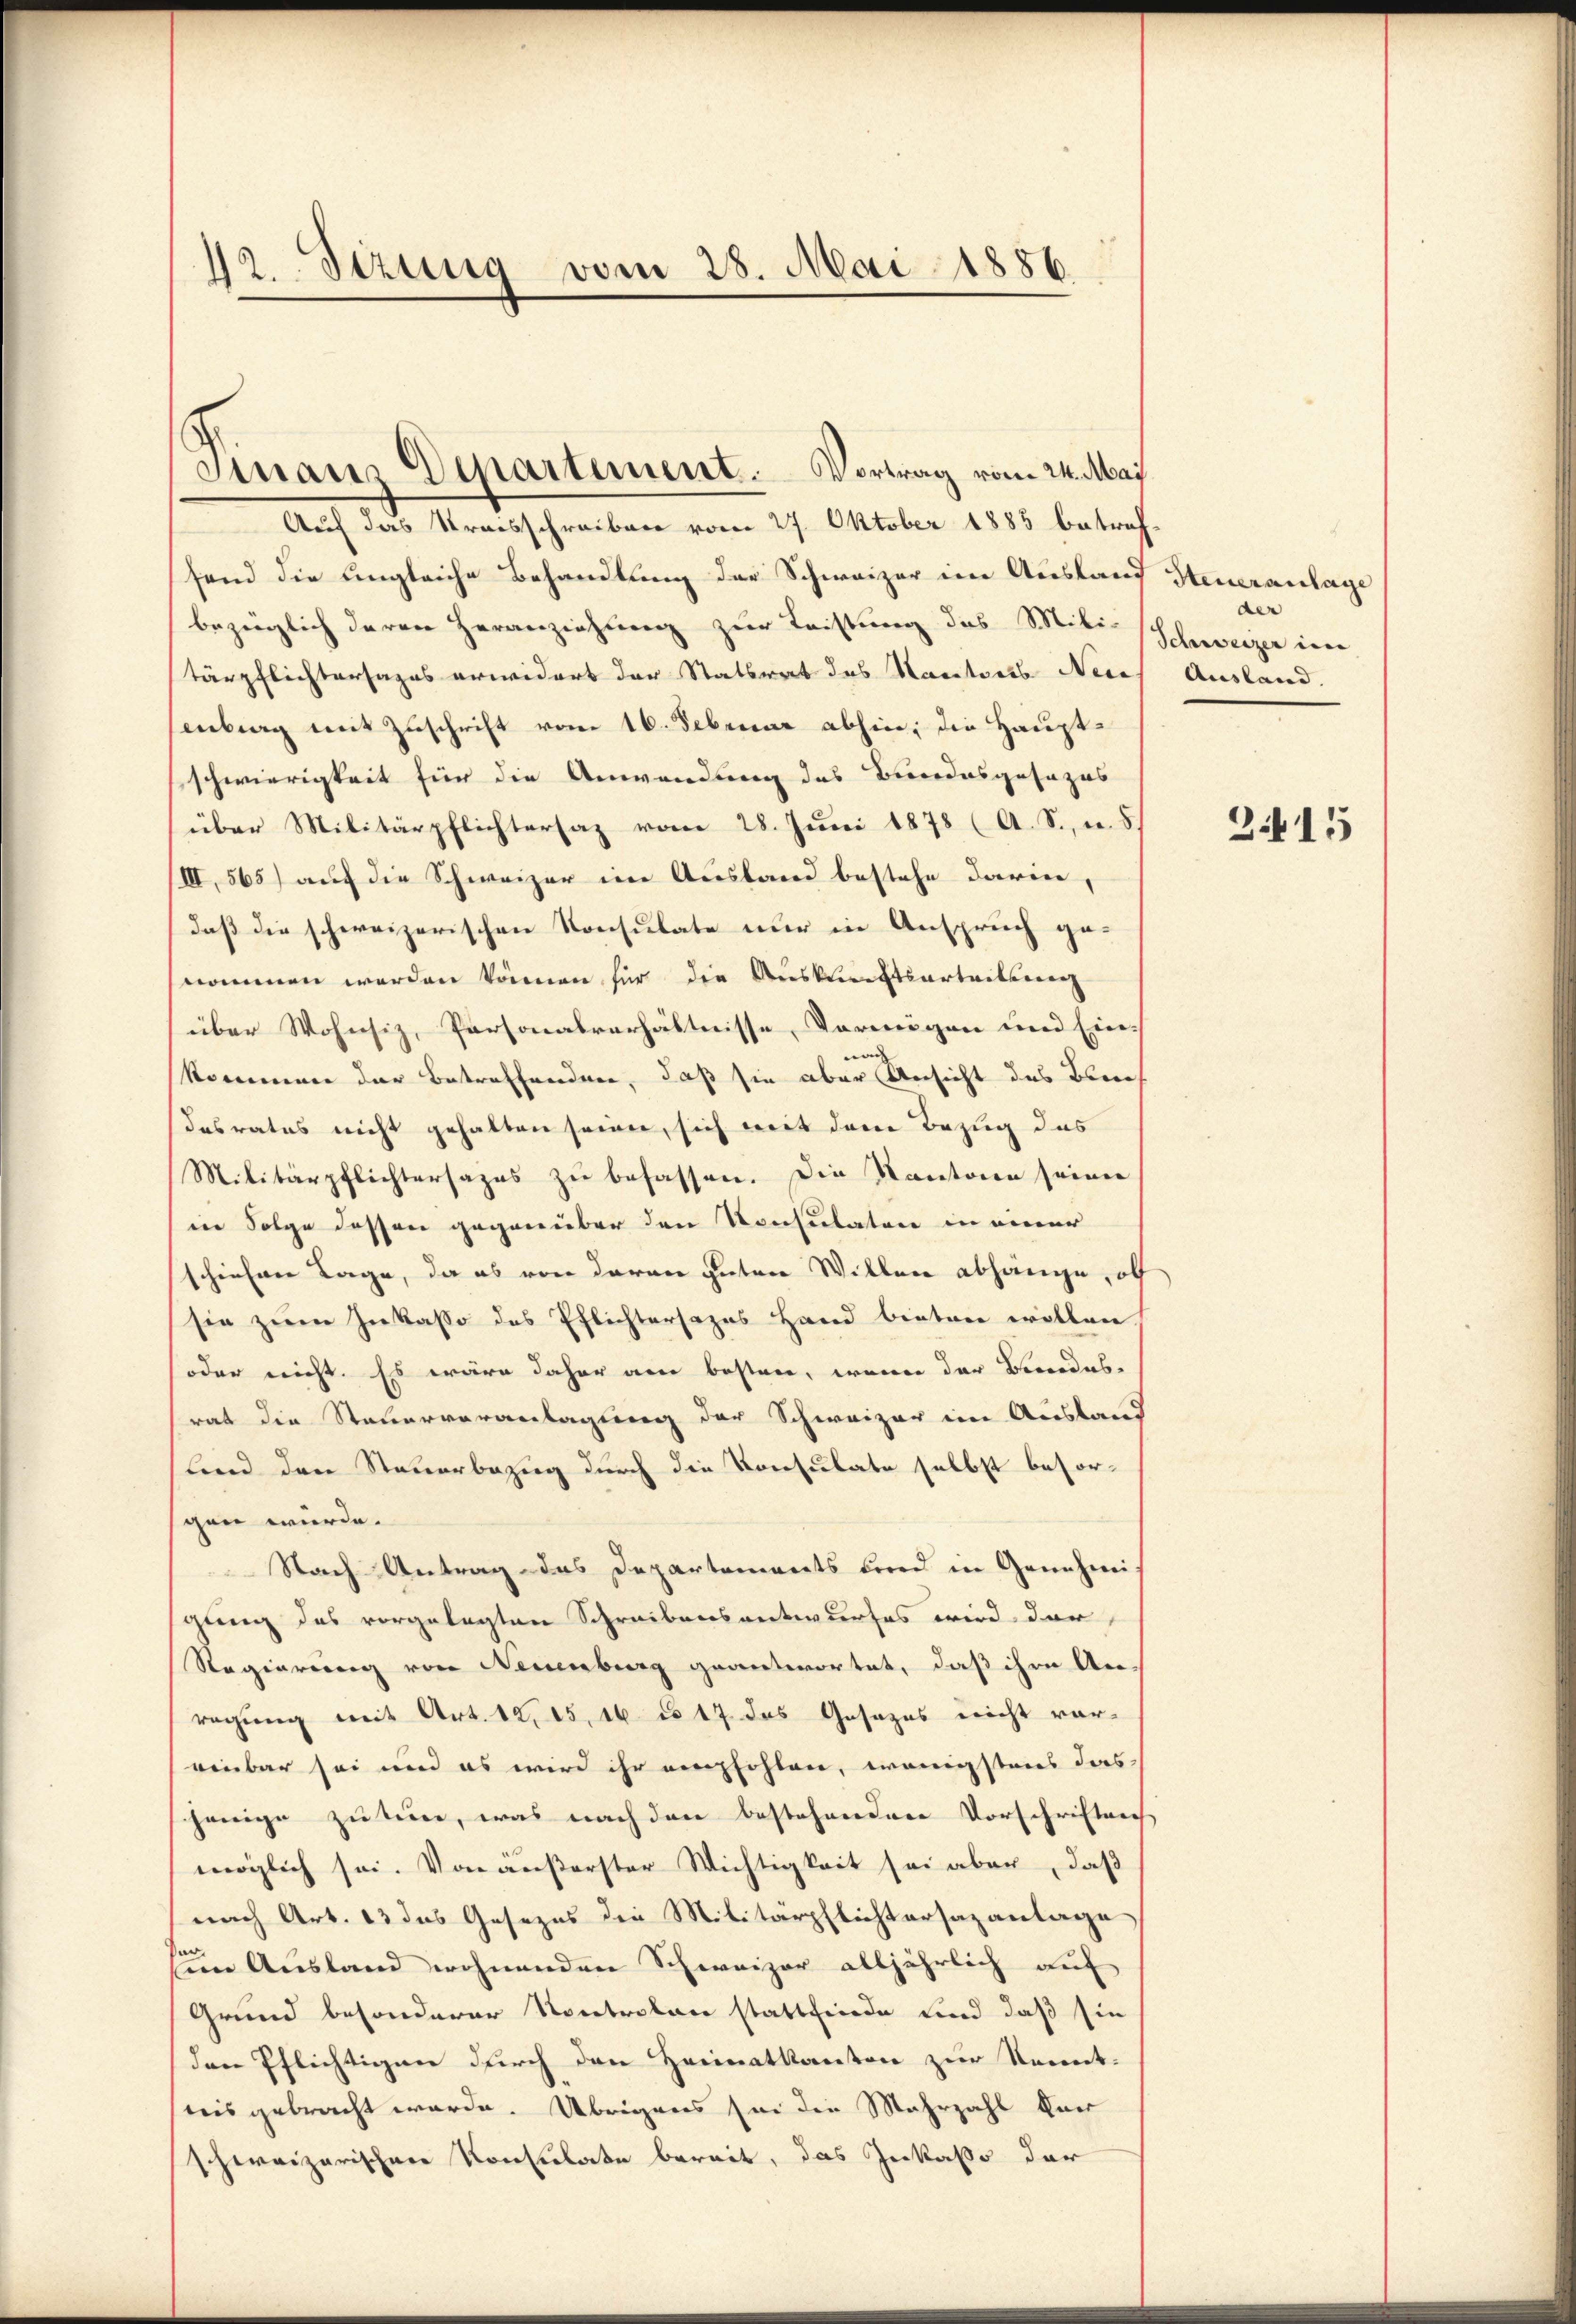
12 Stzug vom 28. Mai 1886

Finanz Departement. Vortrag vom 24. Mai

Auf das Streisschreiben vom 27. Oktober 1885 betref
fend die ungleiche Behandlung der Schweizer im Auslauf Steueranlage
bezeiglich deren Heranziehung zur Leistung des Mili-
tärpflichtersages erwidert der Statsrat des Kantons Nedes Ausland.
enberg mit Zuschrift vom 16. Februar abhin, die Hauptschwierigkeit für die Anwendung des Bundesgesezes
über Militärpflichtersaz vom 28. Juni 1878 (A. S. u. 5.
III, 565) auf die Schweizer im Ausland bestehe darin,
daß die schweizerischen Konsulate nur in Anspruch genommen werden können für die Auskunftsartritterenz
über Wohnsiz, Personalverhältnisse, Vermögen und Ein-
kommen der Betreffenden, daß sie aber Ansicht des Zürich
desrates nicht gehalten seien, sich mit dem Bezug das
Militärpflichtersages zu befassen. Die Kantonen seiner
in Folge dessen gegenüber den Konsulaten in einer
schiehene Lage, da es von daran guten Willen abhänge, ob
sie zum Inkasso des Pflichtersages Hand bieten wollen
(oder nicht. Es wäre daher am besten, wenn der Benedes-
rat die Steuerveranlagung der Schweizer im Ausland
lind den Steuerbezug durch die Konsulate selbst besorgen wurde.
Nach Antrag das Departements und in Genehmi
gung des vorgelegten Schreibensentwurfes wird der
Regierung von Neuenburg geantwortet, daß ihre An
regung mit Art. 12. 15, 16 co 17 das Gesezes nicht vor-
einbar sei und es wird ihr empfohlen, wenigstens das
jenige zu tun, was nach den bestehenden Vorschriften
möglich sei. Von äußerster Wichtigkeit sei aber, daß
nach Art. 13 das Gesezes die Militärpflichtersazantage
Eine Ausland wohnenden Schweizer alljährlich auf
Grund besonderer Kontrolone stattfinde und daß sie
den Pflichtigen durch den Heimatkanton zur Kennt-
nis gebracht werde. Übrigens sei die Mehrzahl kan
schweizerischen Konsulate bereit, das Inkasse der

der
Schweizer in

2415